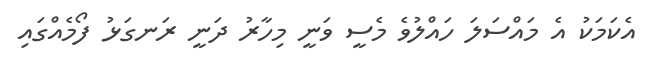
އެކަމަކު އެ މައްސަލަ ހައްލުވެ މެސީ ވަނީ މިހާރު ދަނީ ރަނގަޅު ފޯމެއްގައި